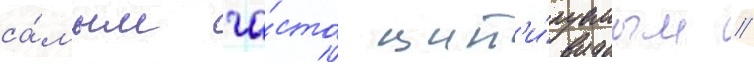
са́мым ча́сто цит'и́руемым //